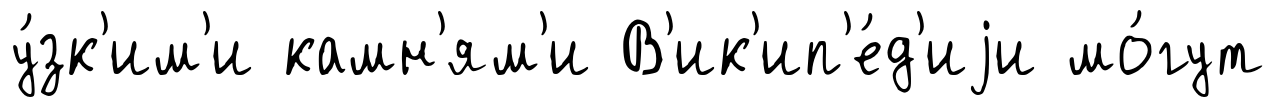
у́зк'им'и камн'ям'и В'ик'ип'е́д'иjи мо́гут